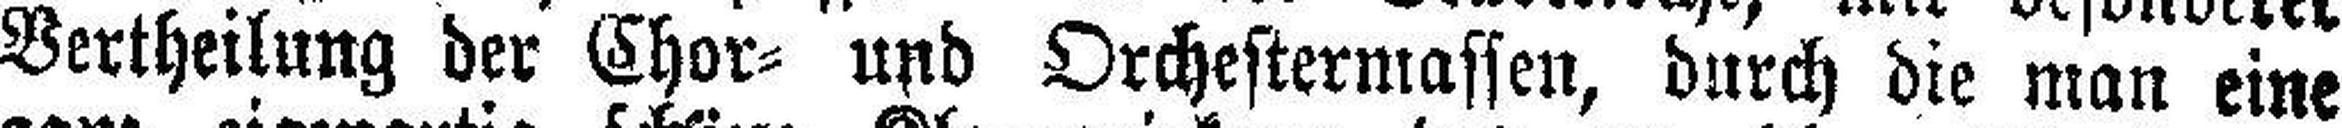
Vertheilung der Chor= und Orchestermassen, durch die man eine